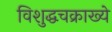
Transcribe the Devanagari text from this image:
विशुद्धचक्राख्ये